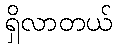
ရှိလာတယ်